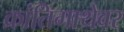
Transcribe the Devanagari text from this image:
क्रांतिगाथेवर